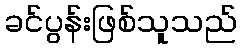
ခင်ပွန်းဖြစ်သူသည်